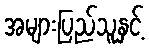
အများပြည်သူနှင့်